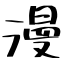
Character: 漫